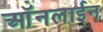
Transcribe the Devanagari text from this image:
ऑंनलाईन